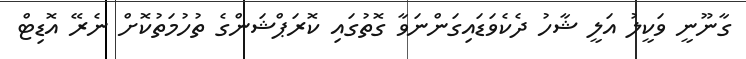
ގާނޫނީ ވަކީލު އަލީ ޝާހު ދެކެވަޑައިގަންނަވާ ގޮތުގައި ކޮރަޕްޝަންގެ ތުހުމަތުކޮށް ނެރޭ އޮޑިޓް